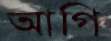
আগি